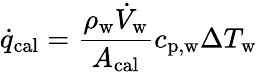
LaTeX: \dot{q}_{\mathrm{cal}}=\frac{\rho_{\mathrm{w}}\dot{V}_{\mathrm{w}}}{A_{\mathrm{cal}}}c_{\mathrm{p,w}}\Delta T_{\mathrm{w}}